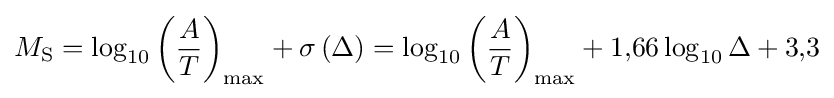
M_{\mathrm {S} }=\log _{10}\left({A \over T}\right)_{\max }+\sigma \left(\Delta \right)=\log _{10}\left({A \over T}\right)_{\max }+1{,}66\log _{10}\Delta +3{,}3